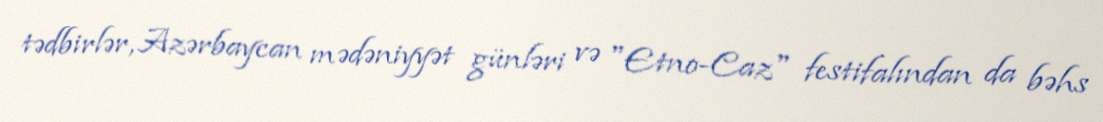
tədbirlər, Azərbaycan mədəniyyət günləri və "Etno-Caz" festifalından da bəhs